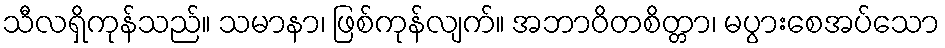
သီလရှိကုန်သည်။ သမာနာ၊ ဖြစ်ကုန်လျက်။ အဘာဝိတစိတ္တာ၊ မပွားစေအပ်သော